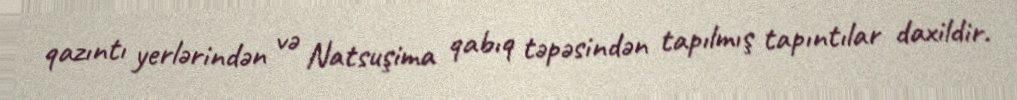
qazıntı yerlərindən və Natsuşima qabıq təpəsindən tapılmış tapıntılar daxildir.